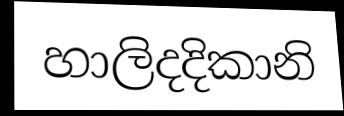
හාලිදදිකානි